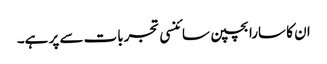
ان کا سارا بچپن سائنسی تجربات سے پر ہے۔